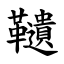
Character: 䪋